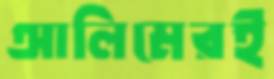
আলিমেরই